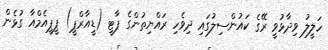
ހަލީލު ވިދާޅުވީ ރޭގެ ކައުންސިލުގައި ދިވެހި ރައްޔިތުންގެ ޕާޓީ (ޑީއާރްޕީ) ޕީޕީއެމްއާ ގުޅެން